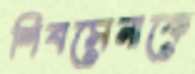
শিবসেনাকে